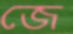
জে